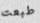
طبعت